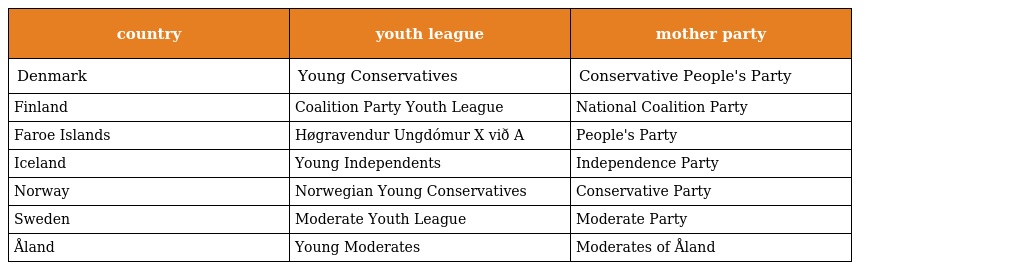
| country | youth league | mother party |
 | --- | --- | --- |
 | Denmark | Young Conservatives | Conservative People's Party |
 | Finland | Coalition Party Youth League | National Coalition Party |
 | Faroe Islands | Høgravendur Ungdómur X við A | People's Party |
 | Iceland | Young Independents | Independence Party |
 | Norway | Norwegian Young Conservatives | Conservative Party |
 | Sweden | Moderate Youth League | Moderate Party |
 | Åland | Young Moderates | Moderates of Åland |